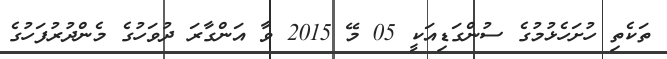
ތަކެތި ހުށަހެޅުމުގެ ސުންގަޑިއަކީ 05 މޭ 2015 ވާ އަންގާރަ ދުވަހުގެ މެންދުރުފަހުގެ